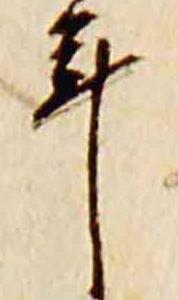
年